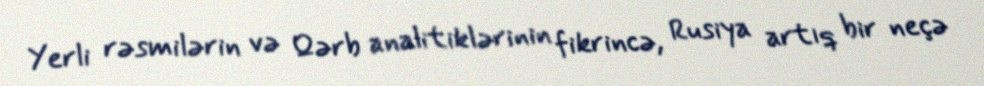
Yerli rəsmilərin və Qərb analitiklərinin fikrincə, Rusiya artıq bir neçə